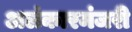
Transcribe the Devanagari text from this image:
अलंकारमंजरी